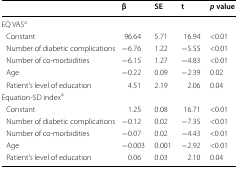
<table><thead><tr><td></td><td><b>β</b></td><td><b>SE</b></td><td><b>t</b></td><td><b><i>p</i> value</b></td></tr></thead><tbody><tr><td colspan="5">EQ VAS<sup>a</sup></td></tr><tr><td> Constant</td><td>96.64</td><td>5.71</td><td>16.94</td><td>&lt;0.01</td></tr><tr><td> Number of diabetic complications</td><td>−6.76</td><td>1.22</td><td>−5.55</td><td>&lt;0.01</td></tr><tr><td> Number of co-morbidities</td><td>−6.15</td><td>1.27</td><td>−4.83</td><td>&lt;0.01</td></tr><tr><td> Age</td><td>−0.22</td><td>0.09</td><td>−2.39</td><td>0.02</td></tr><tr><td> Patient’s level of education</td><td>4.51</td><td>2.19</td><td>2.06</td><td>0.04</td></tr><tr><td colspan="5">Equation-5D index<sup>a</sup></td></tr><tr><td> Constant</td><td>1.25</td><td>0.08</td><td>16.71</td><td>&lt;0.01</td></tr><tr><td> Number of diabetic complications</td><td>−0.12</td><td>0.02</td><td>−7.35</td><td>&lt;0.01</td></tr><tr><td> Number of co-morbidities</td><td>−0.07</td><td>0.02</td><td>−4.43</td><td>&lt;0.01</td></tr><tr><td> Age</td><td>−0.003</td><td>0.001</td><td>−2.92</td><td>&lt;0.01</td></tr><tr><td> Patient’s level of education</td><td>0.06</td><td>0.03</td><td>2.10</td><td>0.04</td></tr></tbody></table>